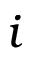
i